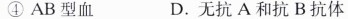
④ AB型血 D. 无抗A和抗B抗体